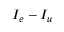
I _ { e } - I _ { u }